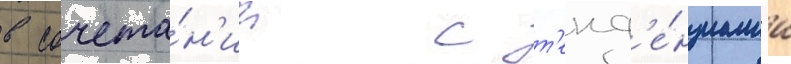
в сочета́н'ии с т'енд'е́нциам'и